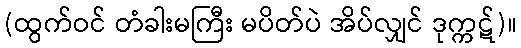
(ထွက်ဝင် တံခါးမကြီး မပိတ်ပဲ အိပ်လျှင် ဒုက္ကဋ်)။